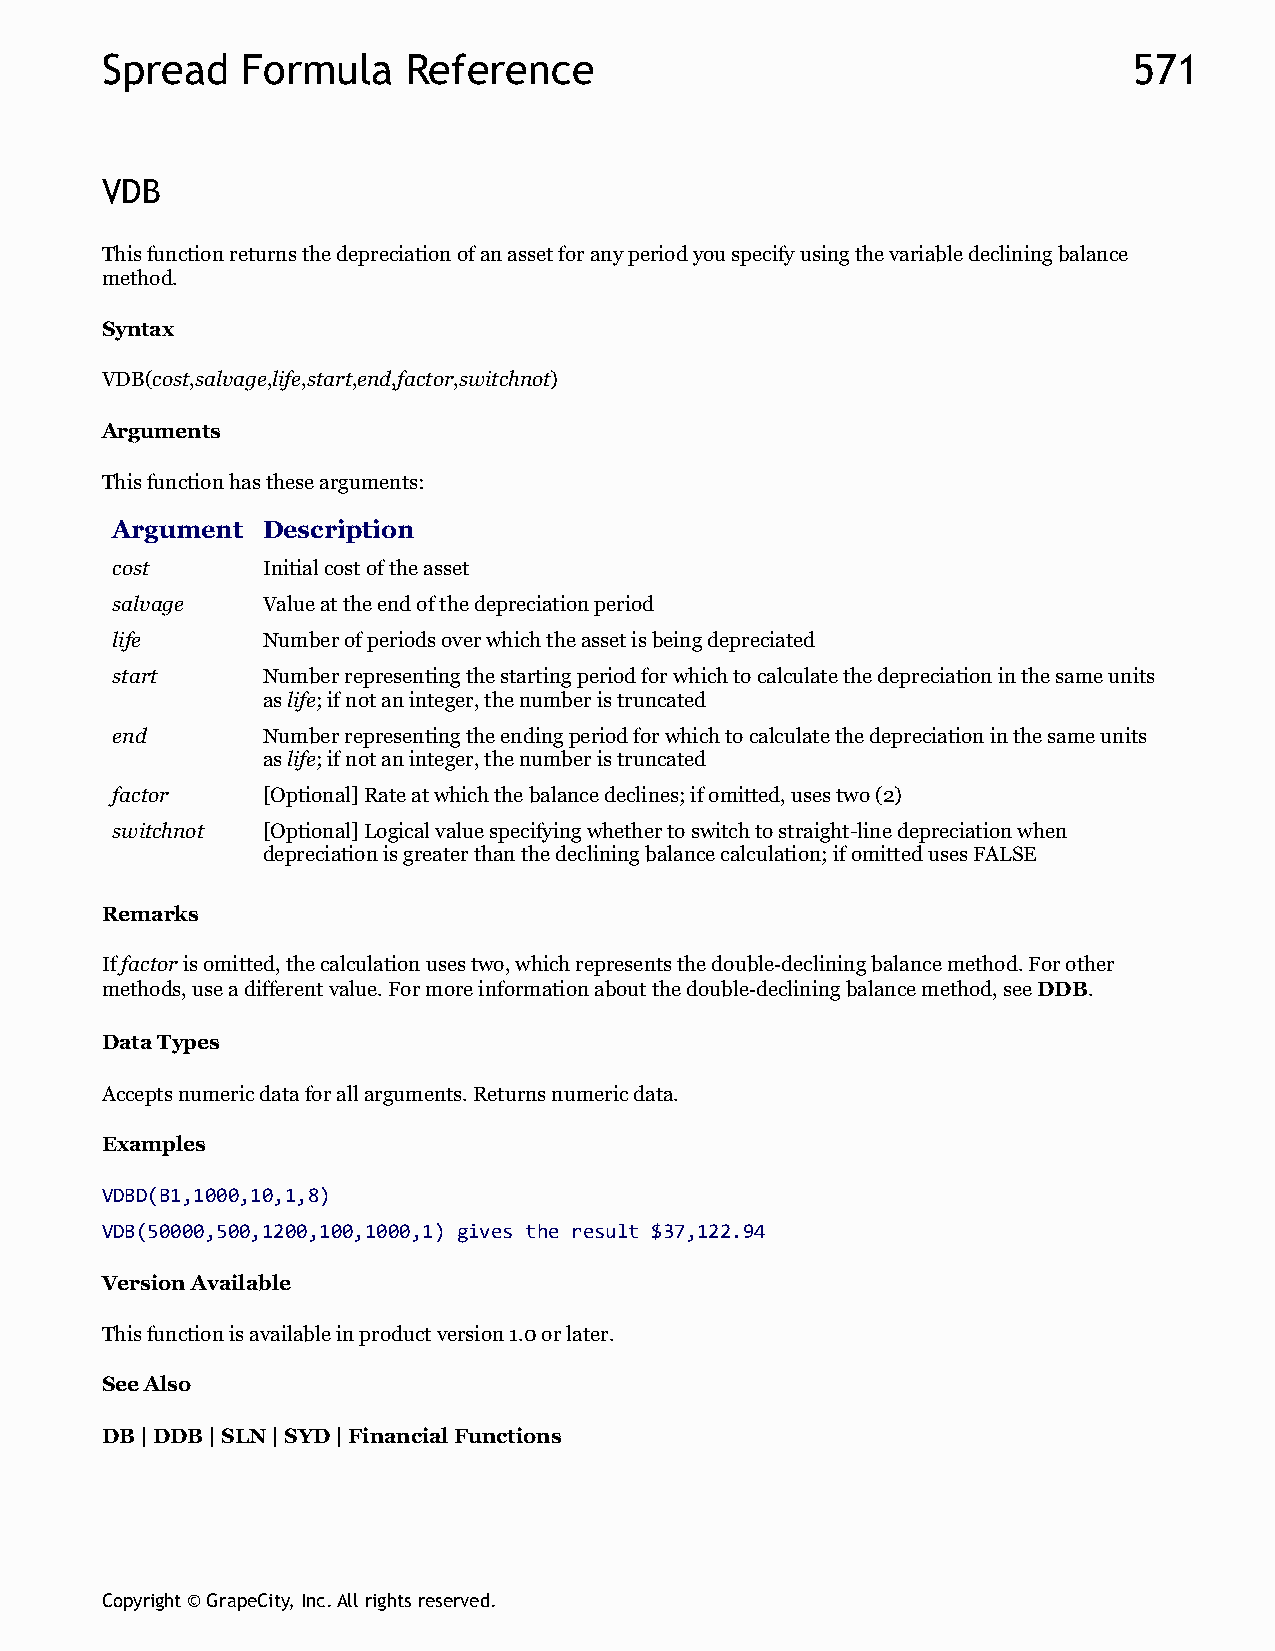
Spread   Formula    Reference                                       571
 VDB
 This function returns the depreciation of an asset for any period you specify using the variable declining balance
 method.
 Syntax
 VDB(cost,salvage,life,start,end,factor,switchnot)
 Arguments
 This function has these arguments:
 Argument  Description
 cost      Initial cost of the asset
 salvage   Value at the end of the depreciation period
 life      Number of periods over which the asset is being depreciated
 start     Number representing the starting period for which to calculate the depreciation in the same units
 as life; if not an integer, the number is truncated
 end       Number representing the ending period for which to calculate the depreciation in the same units
 as life; if not an integer, the number is truncated
 factor    [Optional] Rate at which the balance declines; if omitted, uses two (2)
 switchnot [Optional] Logical value specifying whether to switch to straight-line depreciation when
 depreciation is greater than the declining balance calculation; if omitted uses FALSE
 Remarks
 If factor is omitted, the calculation uses two, which represents the double‑declining balance method. For other
 methods, use a different value. For more information about the double‑declining balance method, see DDB.
 Data Types
 Accepts numeric data for all arguments. Returns numeric data.
 Examples
 VDBD(B1,1000,10,1,8)
 VDB(50000,500,1200,100,1000,1) gives the result $37,122.94
 Version Available
 This function is available in product version 1.0 or later.
 See Also
 DB | DDB | SLN | SYD | Financial Functions
 Copyright © GrapeCity, Inc. All rights reserved.